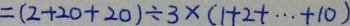
= ( 2 + 2 0 + 2 0 ) \div 3 \times ( 1 + 2 + \cdots + 1 0 )